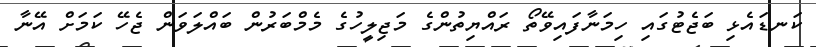
ކަނޑައެޅި ބަޖެޓުގައި ހިމަނާފައިވޭތޯ ރައްޔިތުންގެ މަޖިލީހުގެ މެމްބަރުން ބައްލަވަން ޖެހޭ ކަމަށް އޭނާ